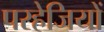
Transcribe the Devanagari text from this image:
परहेजियों